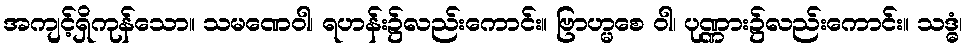
အကျင့်ရှိကုန်သော။ သမဏေဝါ၊ ရဟန်း၌လည်းကောင်း။ ဗြာဟ္မစေ ဝါ၊ ပုဏ္ဏား၌လည်းကောင်း။ သဒ္ဓံ၊